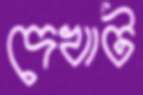
দেখাট